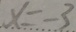
x = - 3